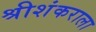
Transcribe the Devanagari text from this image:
श्रीशंकराला